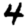
Digit: 4